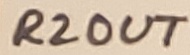
Text: R2OUT